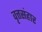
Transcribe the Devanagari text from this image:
वृत्तसंहार